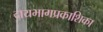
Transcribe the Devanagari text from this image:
दायभागप्रकाशिका